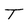
Character: T